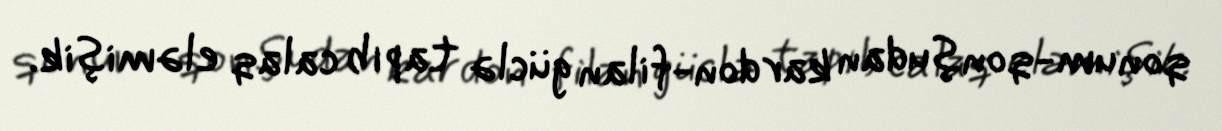
qonum-qonşudan kardon-filan güclə tapıb calaq eləmişik.